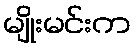
မျိုးမင်းက